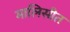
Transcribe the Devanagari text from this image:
मालिसीत